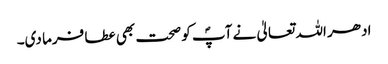
ادھر اللہ تعالیٰ نے آپؐ کو صحت بھی عطا فرما دی۔